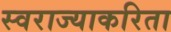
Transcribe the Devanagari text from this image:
स्वराज्याकरिता